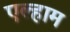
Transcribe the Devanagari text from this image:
एल्हाम